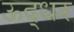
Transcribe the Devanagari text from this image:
ऊद्धर